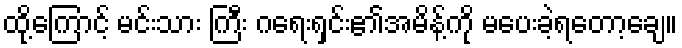
ထို့ကြောင့် မင်းသား ကြီး ဂရေးရှင်း၏အမိန့်ကို မပေးခဲ့ရတော့ချေ။